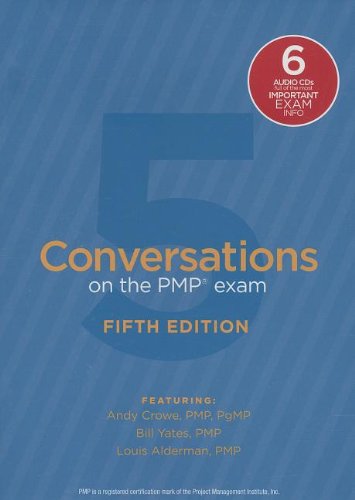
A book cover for Conversations on the PMP Exam: How to Pass on Your First Try: Fifth Edition; Andy Crowe PMP  PgMP; Test Preparation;